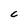
Character: C